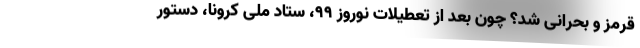
قرمز و بحرانی شد؟ چون بعد از تعطیلات نوروز 99، ستاد ملی کرونا، دستور